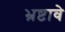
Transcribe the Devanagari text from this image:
भ्रष्टावे